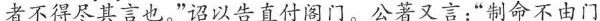
者不得尽其言也。”诏以告直付阁门。公著又言；”制命不由门